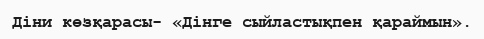
Діни көзқарасы- «Дінге сыйластықпен қараймын».